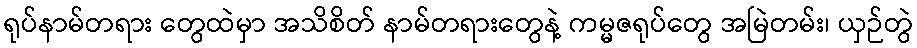
ရုပ်နာမ်တရား တွေထဲမှာ အသိစိတ် နာမ်တရားတွေနဲ့ ကမ္မဇရုပ်တွေ အမြဲတမ်း၊ ယှဉ်တွဲ